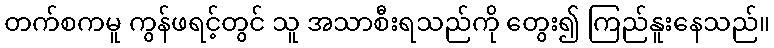
တက်စကမူ ကွန်ဖရင့်တွင် သူ အသာစီးရသည်ကို တွေး၍ ကြည်နူးနေသည်။